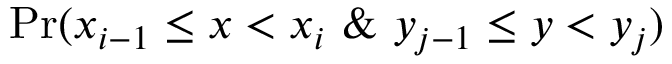
\mathrm { P r } ( x _ { i - 1 } \leq x < x _ { i } \ \& \ y _ { j - 1 } \leq y < y _ { j } )